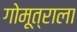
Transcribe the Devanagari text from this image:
गोमूत्राला